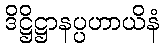
ဒိဋ္ဌိဋ္ဌာနပ္ပဟာယိနံ